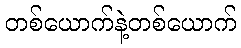
တစ်ယောက်နဲ့တစ်ယောက်